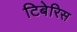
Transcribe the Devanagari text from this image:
टिबेरिस